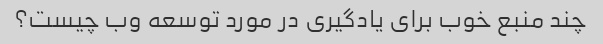
چند منبع خوب برای یادگیری در مورد توسعه وب چیست؟